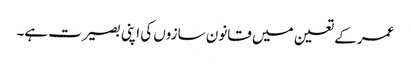
عمر کے تعین میں قانون سازوں کی اپنی بصیرت ہے۔